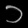
Digit: ၁